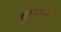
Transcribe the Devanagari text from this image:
धानसिंह